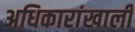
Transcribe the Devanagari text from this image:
अधिकारांखाली